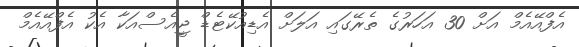
އެފްއޭއެމް އަށް 30 އަހަރުގެ ތެރޭގައި އަލަށް އެޑިއުކޭޓެޑް ޖީއެސްއަކާ އެކު އެފްއޭއެމް